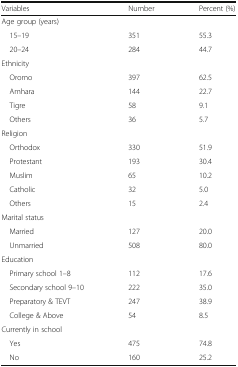
| Variables | Number | Percent (%) |
 | --- | --- | --- |
 | <COLSPAN=3> Age group (years) |
 | 15–19 | 351 | 55.3 |
 | 20–24 | 284 | 44.7 |
 | <COLSPAN=3> Ethnicity |
 | Oromo | 397 | 62.5 |
 | Amhara | 144 | 22.7 |
 | Tigre | 58 | 9.1 |
 | Others | 36 | 5.7 |
 | <COLSPAN=3> Religion |
 | Orthodox | 330 | 51.9 |
 | Protestant | 193 | 30.4 |
 | Muslim | 65 | 10.2 |
 | Catholic | 32 | 5.0 |
 | Others | 15 | 2.4 |
 | <COLSPAN=3> Marital status |
 | Married | 127 | 20.0 |
 | Unmarried | 508 | 80.0 |
 | <COLSPAN=3> Education |
 | Primary school 1–8 | 112 | 17.6 |
 | Secondary school 9–10 | 222 | 35.0 |
 | Preparatory & TEVT | 247 | 38.9 |
 | College & Above | 54 | 8.5 |
 | <COLSPAN=3> Currently in school |
 | Yes | 475 | 74.8 |
 | No | 160 | 25.2 |